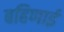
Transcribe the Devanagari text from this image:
बहिणाई